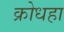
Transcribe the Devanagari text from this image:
क्रोधहा